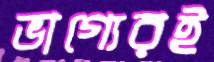
ভাগ্যেরই